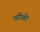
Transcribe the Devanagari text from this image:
तरीकी